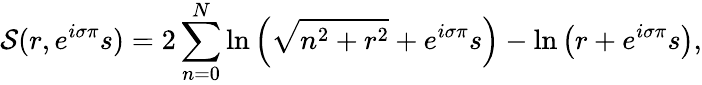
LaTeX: {\cal S}(r,e^{i\sigma\pi}s)=2\sum_{n=0}^{N}\ln\left(\sqrt{n^{2}+r^{2}}+e^{i\sigma\pi}s\right)-\ln\left(r+e^{i\sigma\pi}s\right),